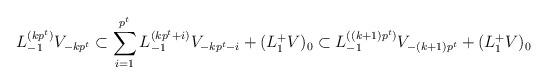
LaTeX: \begin{align*} L_{-1}^{(kp^t)}V_{-kp^t}\subset \sum_{i=1}^{p^t}L_{-1}^{(kp^t+i)}V_{-kp^t-i}+(L_{1}^{+}V)_0 \subset L_{-1}^{((k+1)p^t)}V_{-(k+1)p^t}+(L_{1}^{+}V)_0\end{align*}